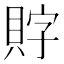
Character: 𲂯